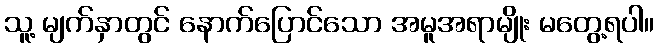
သူ့ မျက်နှာတွင် နောက်ပြောင်သော အမူအရာမျိုး မတွေ့ရပါ။